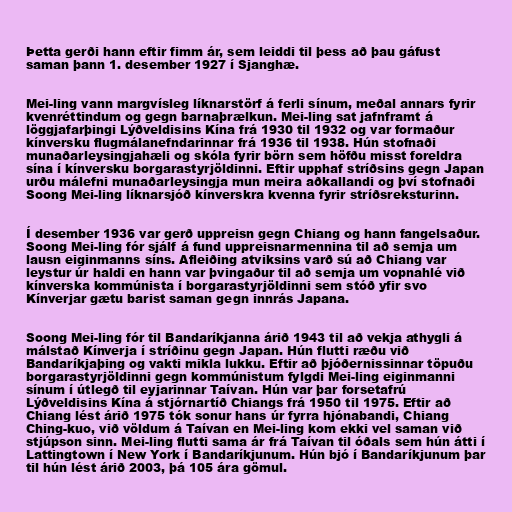
Þetta gerði hann eftir fimm ár, sem leiddi til þess að þau gáfust
saman þann 1. desember 1927 í Sjanghæ.

Mei-ling vann margvísleg líknarstörf á ferli sínum, meðal annars fyrir
kvenréttindum og gegn barnaþrælkun. Mei-ling sat jafnframt á
löggjafarþingi Lýðveldisins Kína frá 1930 til 1932 og var formaður
kínversku flugmálanefndarinnar frá 1936 til 1938. Hún stofnaði
munaðarleysingjahæli og skóla fyrir börn sem höfðu misst foreldra
sína í kínversku borgarastyrjöldinni. Eftir upphaf stríðsins gegn Japan
urðu málefni munaðarleysingja mun meira aðkallandi og því stofnaði
Soong Mei-ling líknarsjóð kínverskra kvenna fyrir stríðsreksturinn.

Í desember 1936 var gerð uppreisn gegn Chiang og hann fangelsaður.
Soong Mei-ling fór sjálf á fund uppreisnarmennina til að semja um
lausn eiginmanns síns. Afleiðing atviksins varð sú að Chiang var
leystur úr haldi en hann var þvingaður til að semja um vopnahlé við
kínverska kommúnista í borgarastyrjöldinni sem stóð yfir svo
Kínverjar gætu barist saman gegn innrás Japana.

Soong Mei-ling fór til Bandaríkjanna árið 1943 til að vekja athygli á
málstað Kínverja í stríðinu gegn Japan. Hún flutti ræðu við
Bandaríkjaþing og vakti mikla lukku. Eftir að þjóðernissinnar töpuðu
borgarastyrjöldinni gegn kommúnistum fylgdi Mei-ling eiginmanni
sínum í útlegð til eyjarinnar Taívan. Hún var þar forsetafrú
Lýðveldisins Kína á stjórnartíð Chiangs frá 1950 til 1975. Eftir að
Chiang lést árið 1975 tók sonur hans úr fyrra hjónabandi, Chiang
Ching-kuo, við völdum á Taívan en Mei-ling kom ekki vel saman við
stjúpson sinn. Mei-ling flutti sama ár frá Taívan til óðals sem hún átti í
Lattingtown í New York í Bandaríkjunum. Hún bjó í Bandaríkjunum þar
til hún lést árið 2003, þá 105 ára gömul.